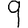
Digit: 9